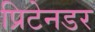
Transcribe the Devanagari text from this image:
प्रिटेनडर